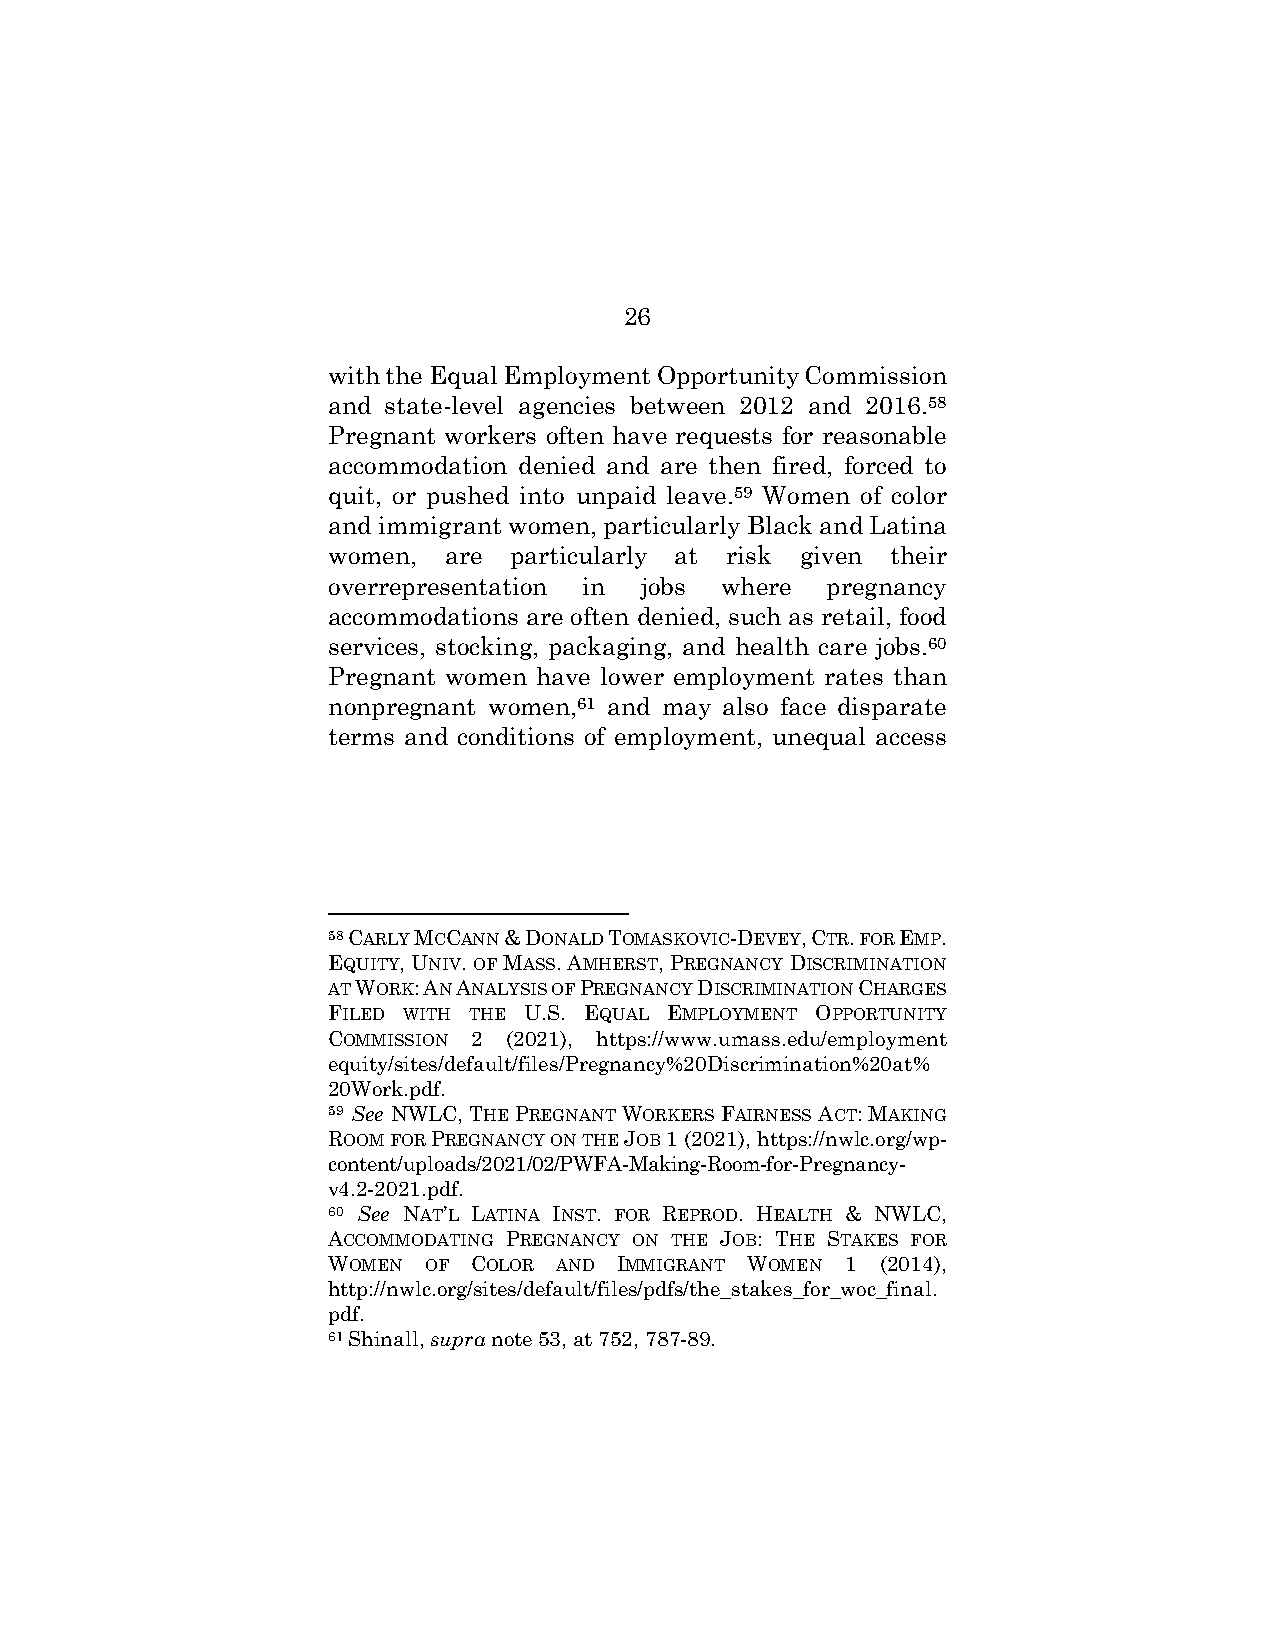
26
 with the Equal Employment Opportunity Commission
 and state-level agencies between 2012 and 2016.58
 Pregnant workers often have requests for reasonable
 accommodation denied and are then fired, forced to
 quit, or pushed into unpaid leave.59 Women of color
 and immigrant women, particularly Black and Latina
 women, are  particularly at risk given their
 overrepresentation in jobs where pregnancy
 accommodations are often denied, such as retail, food
 services, stocking, packaging, and health care jobs.60
 Pregnant women have lower employment rates than
 nonpregnant women,61 and may also face disparate
 terms and conditions of employment, unequal access
 58 CARLY MCCANN & DONALD TOMASKOVIC-DEVEY, CTR. FOR EMP.
 EQUITY, UNIV. OF MASS. AMHERST, PREGNANCY DISCRIMINATION
 AT WORK: AN ANALYSIS OF PREGNANCY DISCRIMINATION CHARGES
 FILED WITH THE U.S. EQUAL EMPLOYMENT OPPORTUNITY
 COMMISSION 2 (2021), https://www.umass.edu/employment
 equity/sites/default/files/Pregnancy%20Discrimination%20at%
 20Work.pdf.
 59 See NWLC, THE PREGNANT WORKERS FAIRNESS ACT: MAKING
 ROOM FOR PREGNANCY ON THE JOB 1 (2021), https://nwlc.org/wp-
 content/uploads/2021/02/PWFA-Making-Room-for-Pregnancy-
 v4.2-2021.pdf.
 60 See NAT’L LATINA INST. FOR REPROD. HEALTH & NWLC,
 ACCOMMODATING PREGNANCY ON THE JOB: THE STAKES FOR
 WOMEN OF COLOR AND IMMIGRANT WOMEN 1 (2014),
 http://nwlc.org/sites/default/files/pdfs/the_stakes_for_woc_final.
 pdf.
 61 Shinall, supra note 53, at 752, 787-89.